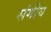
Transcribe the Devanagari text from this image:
संगीय